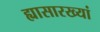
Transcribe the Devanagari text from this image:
ह्यासारख्यां